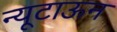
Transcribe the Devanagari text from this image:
न्यूटाऊन